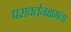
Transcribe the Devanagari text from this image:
परावर्तनक्षमता